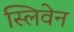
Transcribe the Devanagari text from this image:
स्लिवेन